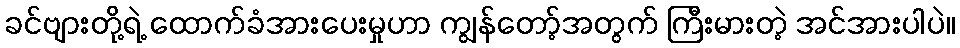
ခင်ဗျားတို့ရဲ့ ထောက်ခံအားပေးမှုဟာ ကျွန်တော့်အတွက် ကြီးမားတဲ့ အင်အားပါပဲ။